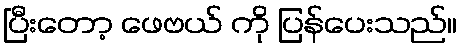
ပြီးတော့ ဖေဗယ် ကို ပြန်ပေးသည်။